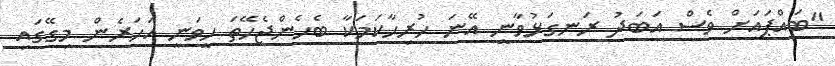
"ބައްޕައަށް ވެސް އަބަދު ރަނގަޅުވާނީ އޭނަ ހުރިހާކަމަކާ ބެހެންޖެހޭތަ ހީވަނީ އަހަރެން މިގޭގައި